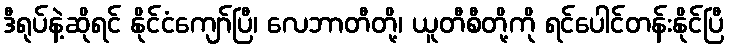
ဒီရုပ်နဲ့ဆိုရင် နိုင်ငံကျော်ပြီ၊ လေဘာတီတို့၊ ယူတီစီတို့ကို ရင်ပေါင်တန်းနိုင်ပြီ